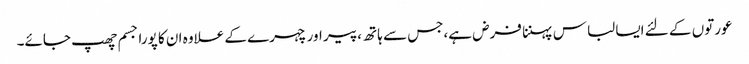
عورتوں کے لئے ایسا لباس پہننا فرض ہے،جس سے ہاتھ ،پیر اور چہرے کے علاوہ ان کا پورا جسم چھپ جائے۔